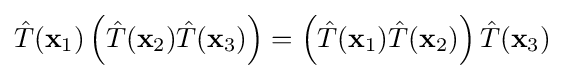
{\hat {T}}(\mathbf {x} _{1})\left({\hat {T}}(\mathbf {x} _{2}){\hat {T}}(\mathbf {x} _{3})\right)=\left({\hat {T}}(\mathbf {x} _{1}){\hat {T}}(\mathbf {x} _{2})\right){\hat {T}}(\mathbf {x} _{3})